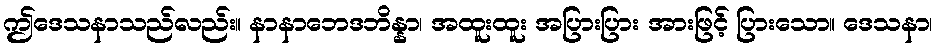
ဤဒေသနာသည်လည်း။ နာနာဘေဒဘိန္နာ၊ အထူးထူး အပြားပြား အားဖြင့် ပြားသော။ ဒေသနာ၊